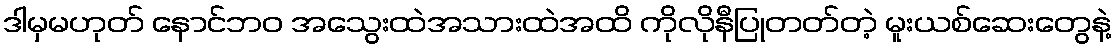
ဒါမှမဟုတ် နောင်ဘဝ အသွေးထဲအသားထဲအထိ ကိုလိုနီပြုတတ်တဲ့ မူးယစ်ဆေးတွေနဲ့